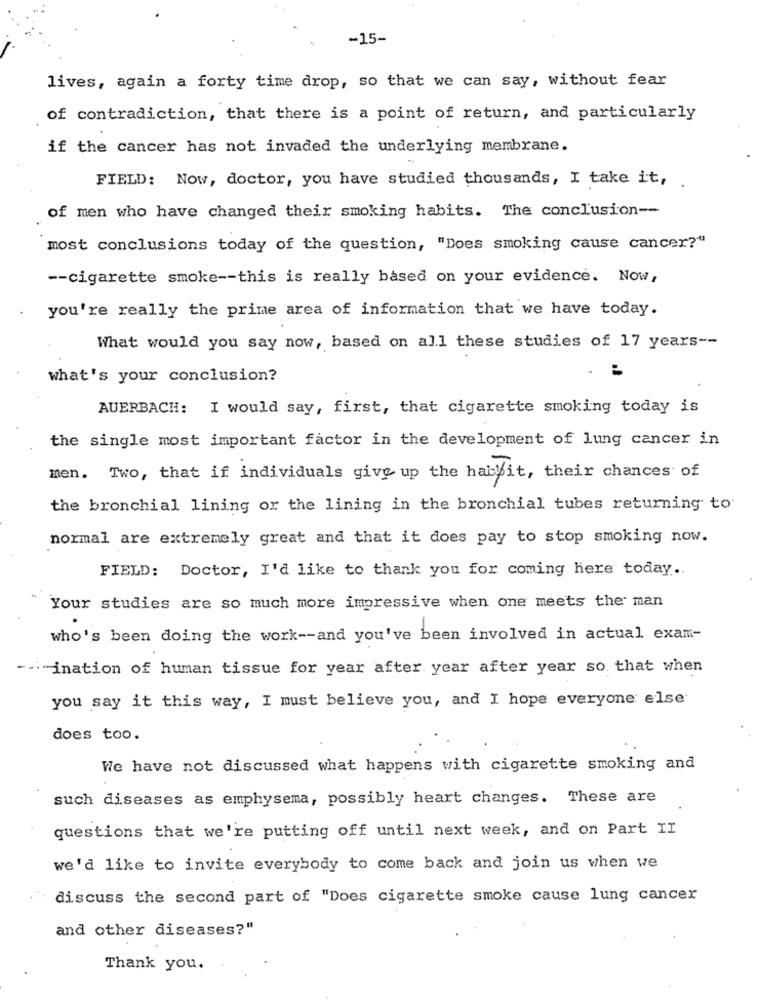
-15-
lives, again a forty time drop, so that we can say, without fear
of contradiction, that there is a point of return, and particularly
if the cancer has not invaded the underlying membrane.
FIELD: Now, doctor, you have studied thousands, I take it,
of men who have changed their smoking habits. The conclusion --
most conclusions today of the question, "Does smoking cause cancer?"
-- cigarette smoke -- this is really based on your evidence. Now,
you're really the prime area of information that we have today.
What would you say now, based on all these studies of 17 years --
what's your conclusion?
AUERBACH: I would say, first, that cigarette smoking today is
the single most important factor in the development of lung cancer in
men. Two, that if individuals give up the habbit, their chances of
the bronchial lining or the lining in the bronchial tubes returning to
normal are extremely great and that it does pay to stop smoking now.
FIELD: Doctor, I'd like to thank you for coming here today.
Your studies are so much more impressive when one meets the man
who's been doing the work -- and you've been involved in actual exam-
ination of human tissue for year after year after year so that when
you say it this way, I must believe you, and I hope everyone else
does too.
We have not discussed what happens with cigarette smoking and
such diseases as emphysema, possibly heart changes. These are
questions that we're putting off until next week, and on Part II
we'd like to invite everybody to come back and join us when we
discuss the second part of "Does cigarette smoke cause lung cancer
and other diseases?"
Thank you.